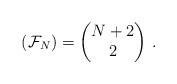
LaTeX: \begin{align*} (\mathcal{F}_N)=\begin{pmatrix} N+2\\2 \end{pmatrix}\,.\end{align*}